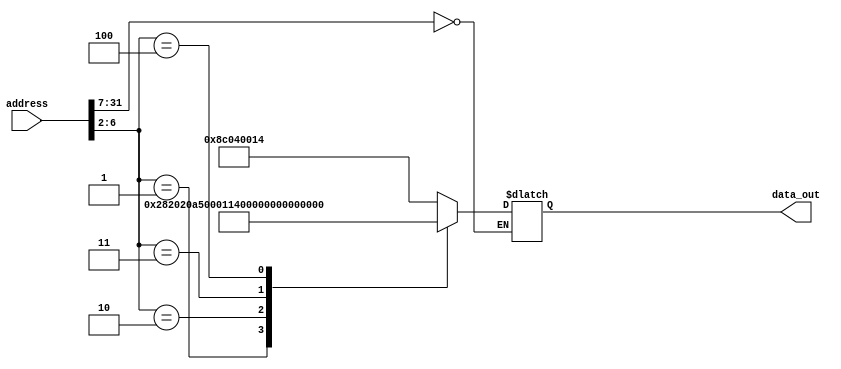
//-----------------------------------------------------------------------------
// Title         : Read-Only Memory (Instruction ROM)
// Project       : ECE 313 - Computer Organization
//-----------------------------------------------------------------------------
// Organization  : Lafayette College
// 
//-----------------------------------------------------------------------------
// Description :
//   Behavioral model of a read-only memory used in the implementations of the MIPS
//   processor subset described in Ch. 5-6 of "Computer Organization and Design, 3rd ed."
//   by David Patterson & John Hennessey, Morgan Kaufmann, 2004 (COD3e).  
//
//   Note the use of the Verilog concatenation operator to specify different
//   instruction fields in each memory element.
//
//-----------------------------------------------------------------------------

module rom32(address, data_out);
  input  [31:0] address;
  output [31:0] data_out;
  reg    [31:0] data_out;

  parameter BASE_ADDRESS = 25'd0; // address that applies to this memory

  wire [4:0] mem_offset;
  wire address_select;

  assign mem_offset = address[6:2];  // drop 2 LSBs to get word offset

  assign address_select = (address[31:7] == BASE_ADDRESS);  // address decoding

  always @(address_select or mem_offset)
  begin
    if ((address % 4) != 0) $display($time, " rom32 error: unaligned address %d", address);
    if (address_select == 1)
    begin
      case (mem_offset) 
          /*
          5'd0 : data_out = { 6'd35, 5'd0, 5'd2, 16'd4 };              // lw $2, 4($0)    r2=0
          5'd1 : data_out = { 6'd35, 5'd0, 5'd3, 16'd8 };              // lw $3, 8($0)    r3=2
          5'd2 : data_out = { 6'd35, 5'd0, 5'd4, 16'd20 };             // lw $4, 20($0)  r4=5
          5'd3 : data_out = { 6'd0, 5'd0, 5'd0, 5'd5, 5'd0, 6'd32 };   // add $5, $0, $0  r5=0
          5'd4 : data_out = { 6'd0, 5'd5, 5'd2, 5'd5, 5'd0, 6'd32 };   // add $5, $5, $1  r5 = r5 + 1
          5'd5 : data_out = { 6'd0, 5'd4, 5'd5, 5'd6, 5'd0, 6'd42 };   // slt $6, $4, $5  is $5 > $4?
          5'd6 : data_out = { 6'd4, 5'd6, 5'd0, -16'd3 };              // beq $6, $zero, -3  if not, go back 2 
          5'd7 : data_out = { 6'd43, 5'd0, 5'd5, 16'd0 };              // MEM[0] = $5
          5'd8 : data_out = { 6'd8, 5'd2, 5'd2,  16'd04 };             // addi $2 = $2 + 4  = 4
          5'd9 : data_out = { 6'd5, 5'd2, 5'd3, -16'd3 };              // bne $2 != $3 goto -3
          5'd10 : data_out = { 6'd2 , 26'd2 };                         // j jump to location 2
          */
          5'd0 : data_out =  { 6'd35, 5'd0, 5'd4, 16'd20 };             //lw    $4, 20($0) 4 = 5
          5'd1 : data_out =  { 6'd0,  5'd0, 5'd0, 5'd5, 5'd0, 6'd32 };  //add   $5, $0, $0
          5'd2 : data_out =  { 6'd8,  5'd5, 5'd5, 16'd1 };              //addi  $5, $5, 1
          5'd3 : data_out =  { 6'd5,  5'd5, 5'd4,-16'd2 };              //bne   $5, $4, -2
          5'd4 : data_out =  { 6'd2 , 26'd1 };                          //j     1
 
          default data_out = 32'hxxxx;
      endcase
      $display($time, " reading data: rom32[%h] => %h", address, data_out);
    end
  end 
endmodule